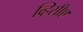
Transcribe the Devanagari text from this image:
व्हिसीए